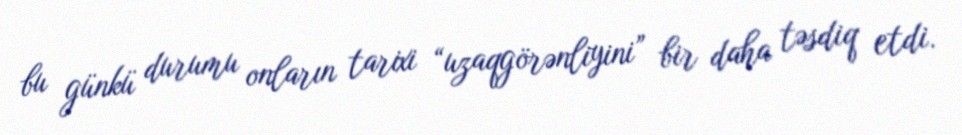
bu günkü durumu onların tarixi “uzaqgörənliyini” bir daha təsdiq etdi.